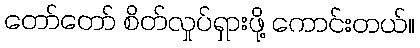
တော်တော် စိတ်လှုပ်ရှားဖို့ ကောင်းတယ်။